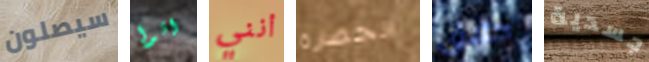
سيصلون اتوا أنني الحضارة حلاق جسدية